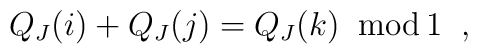
Q_J(i) + Q_J(j) = Q_J(k) \;\; {\rm mod} \, 1 \;\; ,